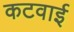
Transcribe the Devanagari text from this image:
कटवाई